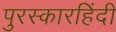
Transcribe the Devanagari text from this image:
पुरस्कारहिंदी